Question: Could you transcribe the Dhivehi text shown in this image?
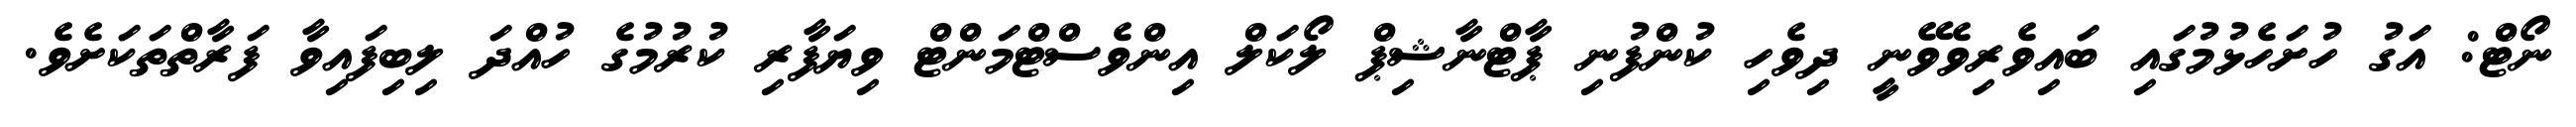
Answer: ނޯޓް: އަގު ހުށަހެޅުމުގައި ބައިވެރިވެވޭނީ ދިވެހި ކުންފުނި ޕާޓްނާޝިޕް ލޯކަލް އިންވެސްޓްމަންޓް ވިޔަފާރި ކުރުމުގެ ހުއްދަ ލިބިފައިވާ ފަރާތްތަކަށެވެ.